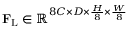
\mathbf { F } _ { \mathrm { L } } \in \mathbb { R } ^ { 8 C \times D \times \frac { H } { 8 } \times \frac { W } { 8 } }